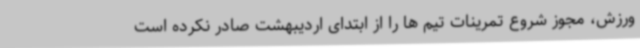
ورزش، مجوز شروع تمرینات تیم ها را از ابتدای اردیبهشت صادر نکرده است